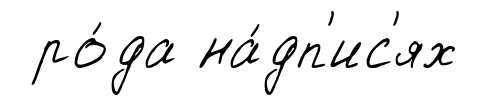
ро́да на́дп'ис'ях